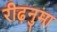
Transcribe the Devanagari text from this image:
रीढ़नुमा